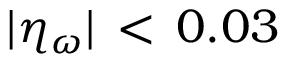
| \eta _ { \omega } | \, < \, 0 . 0 3